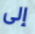
إلى